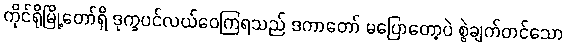
ကိုင်ရိုမြို့တော်ရှိ ဒုက္ခပင်လယ်ဝေကြရသည် ဒကာတော် မပြောတော့ပဲ စွဲချက်တင်သော